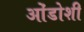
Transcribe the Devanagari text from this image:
ओंडोशी